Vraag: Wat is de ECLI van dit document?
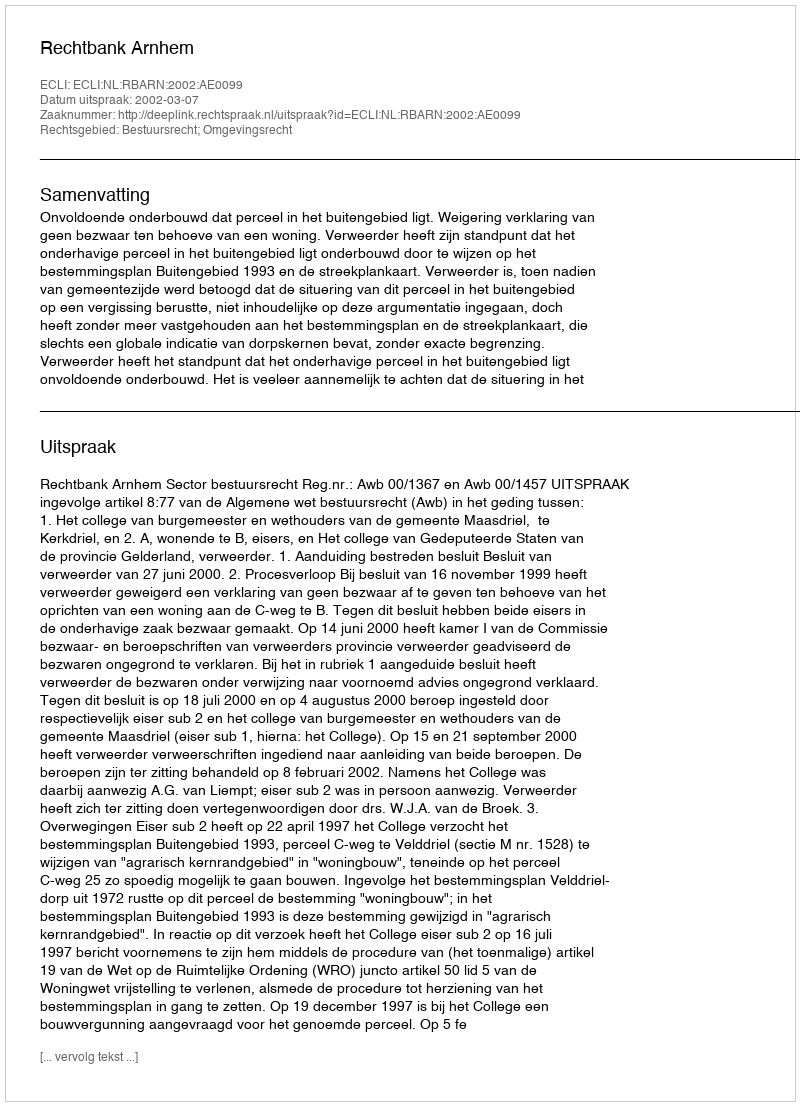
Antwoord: ECLI:NL:RBARN:2002:AE0099